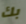
بك